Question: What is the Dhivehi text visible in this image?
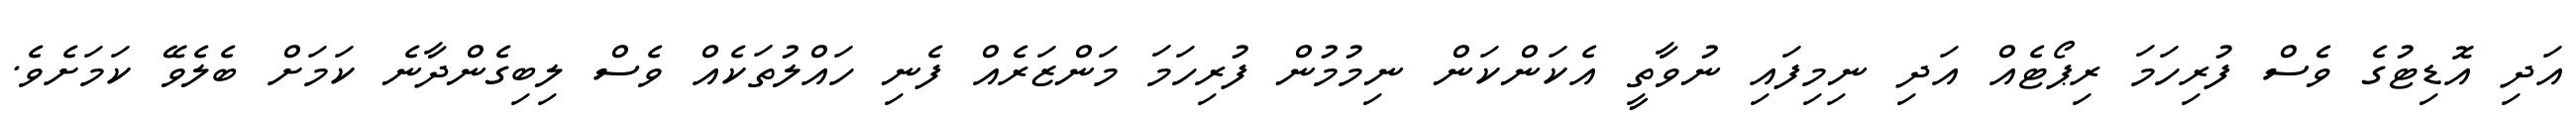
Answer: އަދި އޮޑިޓުގެ ވެސް ފުރިހަމަ ރިޕޯޓެއް އަދި ނިމިފައި ނުވާތީ އެކަންކަން ނިމުމުން ފުރިހަމަ މަންޒަރެއް ފެނި ހައްލުތަކެއް ވެސް ލިބިގެންދާނެ ކަމަށް ބެލެވޭ ކަމަށެވެ.